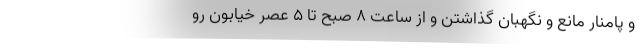
و پامنار مانع و نگهبان گذاشتن و از ساعت ۸ صبح تا ۵ عصر خیابون رو